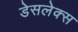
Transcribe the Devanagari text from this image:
डेसलेक्स